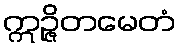
ဣဉ္ဇိတမေတံ